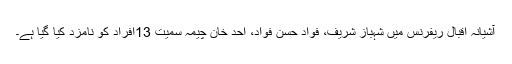
آشیانہ اقبال ریفرنس میں شہباز شریف، فواد حسن فواد، احد خان چیمہ سمیت 13افراد کو نامزد کیا گیا ہے۔